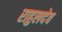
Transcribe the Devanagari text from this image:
राहुलदेव